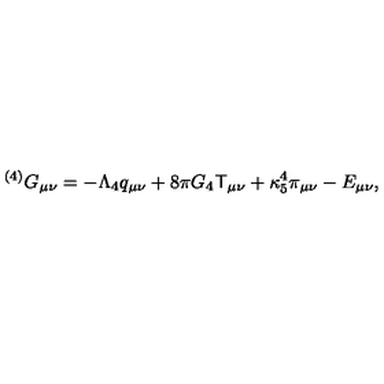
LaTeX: { } ^ { ( 4 ) } G _ { \mu \nu } = - \Lambda _ { 4 } q _ { \mu \nu } + 8 \pi G _ { 4 } { \sf T } _ { \mu \nu } + \kappa _ { 5 } ^ { 4 } \pi _ { \mu \nu } - E _ { \mu \nu } ,